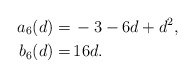
\begin{align*}a_6(d)=& \, -3 - 6 d + d^2 , \\b_6(d)=& \, 16 d.\end{align*}